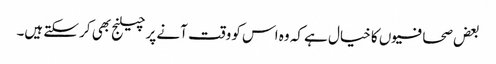
بعض صحافیوں کا خیال ہے کہ وہ اس کو وقت آنے پر چیلنج بھی کر سکتے ہیں۔